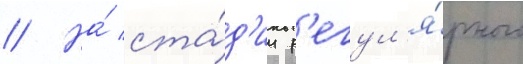
// На́ ста́д'ии р'егул'я́рного